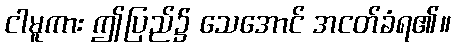
ငါမူကား ဤပြည်၌ သေအောင် အငတ်ခံရ၏။